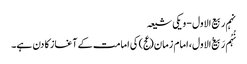
نہم ربیع الاول - ویکی شیعہ
نُہُم رَبیع‌ُالاول، امام زمان(عج) کی امامت کے آغاز کا دن ہے۔